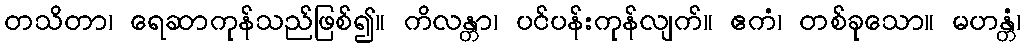
တသိတာ၊ ရေဆာကုန်သည်ဖြစ်၍။ ကိလန္တာ၊ ပင်ပန်းကုန်လျက်။ ဧကံ၊ တစ်ခုသော။ မဟန္တံ၊